Report of the Municipal Commissioner on the plague in Bombay for the year ending 31st May... - Volume 2
Disease focus: Plague
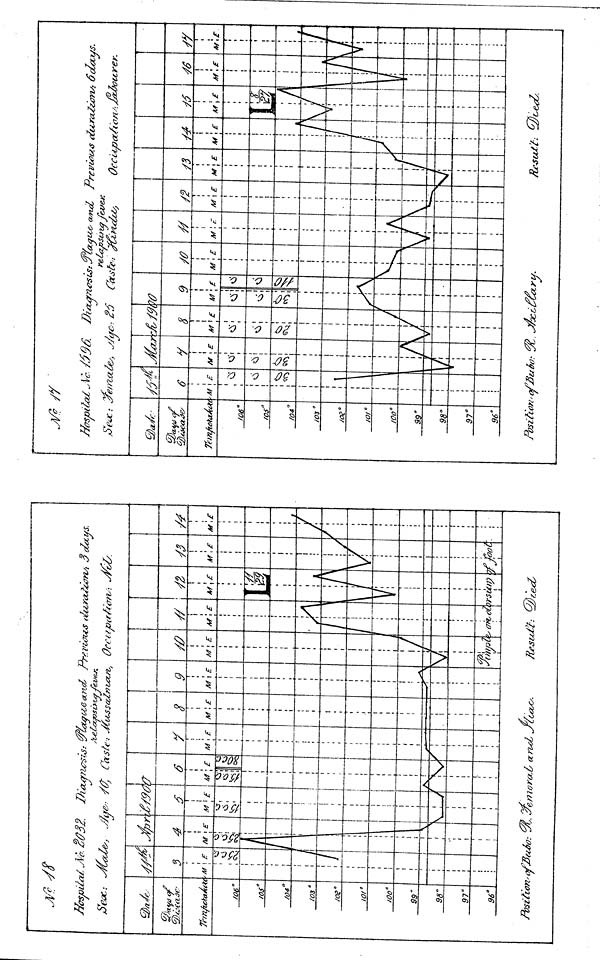
J/csjoUaZ\/
TrmfutaArt
/O6°/
os°f
O4°/
O3°/
OS"
IO/°l
Oo"
99"
98°9
7"
96°Y
<T. t
c
>M
}
\ !
Vi
1 "O
/
1
fbsitiori' a
S/732. Ih'aan
J fir
4
M
l\ 1
I
i
!
160
\
\
-M
•£/.9(/
1
T "
i
i
M '/'
vy,
<S,
'
1
i
!
j
i
—\
i
A
Cash-.
<
M
<S
6
\E
s
—
t. yemora.L
7L<x^a,e a.nd> J D r?A>ioij.'S OLU.rtzZ&Tns't 3dctus.
.LaJ3St>t<gyever>
MvLSsalmxuz,
0c£ttp(tffo7V:
JrvO.
Af
(X7Z
Y
'< £
8
M
. •
',£
•oL yCccoo
i
1
9
M
—5
\E
*\
M
V
i
/
JlWpli
1
A
//
M
/
\
1
•
£
•
A
M\£
11
r V;
1
J3
V
/
/
hot
-0
M
/
£
J
/
ft //
Hospital M-/396.
Position'cifJluto: ^. J/oci^&cru.